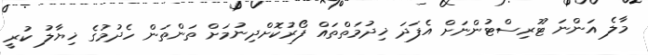
މާލެ އަންނަ ޓޫރިސްޓުންނަށް އެފަދަ ޚިދުމަތްތައް ފޯރުކޮށްދިނުމަށް ތަންތަން ހެދުމުގެ ޚިޔާލު ކުރީ